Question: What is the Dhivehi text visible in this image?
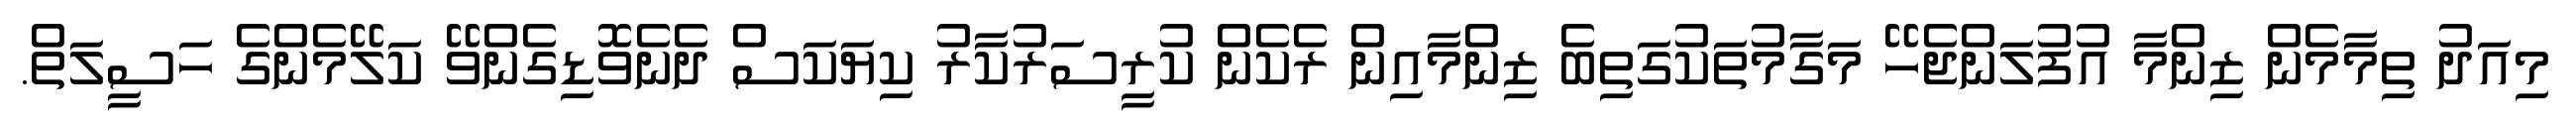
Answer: މިއަދު ތިމާމެން ޒިންމާ އުފުލަންޖެހޭ މަގާމުތަކުގަތިބެ ޒިންމާއިން ރެކެން ކުރީސަރުކާރު ކިޔަކަސް ދެނެވޮޑިގެންވޭ ކަލޭމެންގެ ހަސީލަތް.